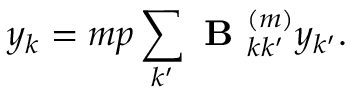
y _ { k } = m p \sum _ { k ^ { \prime } } \textbf { B } _ { k k ^ { \prime } } ^ { ( m ) } y _ { k ^ { \prime } } .